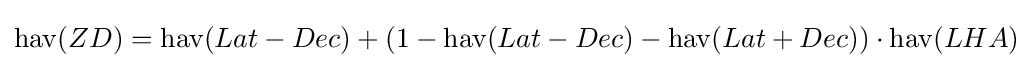
\operatorname {hav} (ZD)=\operatorname {hav} (Lat-Dec)+\left(1-\operatorname {hav} (Lat-Dec)-\operatorname {hav} (Lat+Dec)\right)\cdot \operatorname {hav} (LHA)